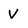
Character: V